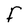
Character: F